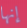
إنها